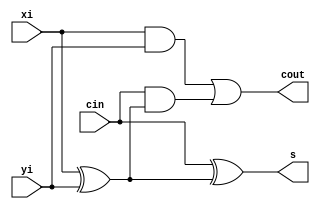
module fadder(xi, yi, cin, s, cout);
input xi, yi, cin;
output s, cout;
wire m1,m2,m3;
xor(m1,xi,yi);
xor(s,cin,m1);
and(m2,cin,m1);
and(m3,xi,yi);
or(cout,m3,m2);
endmodule

module add8b(a2, b2, ci2, s2, cout2);  // bo cong 8 bit
input[7:0] a2,b2;
input ci2; 
output[7:0] s2;
output cout2;
wire[6:0] w;
fadder fadder1(a2[0], b2[0], ci2, s2[0],w[0]);
fadder fadder2(a2[1], b2[1], w[0], s2[1],w[1]);
fadder fadder3(a2[2], b2[2], w[1], s2[2],w[2]);
fadder fadder4(a2[3], b2[3], w[2], s2[3],w[3]);
fadder fadder5(a2[4], b2[4], w[3], s2[4],w[4]);
fadder fadder6(a2[5], b2[5], w[4], s2[5],w[5]);
fadder fadder7(a2[6], b2[6], w[5], s2[6],w[6]);
fadder fadder8(a2[7], b2[7], w[6], s2[7],cout2);
endmodule

module add5b(a2, b2, ci2, s2, cout2);  // bo cong 8 bit
input[4:0] a2,b2;
input ci2; 
output[4:0] s2;
output cout2;
wire[3:0] w;
fadder fadder1(a2[0], b2[0], ci2, s2[0],w[0]);
fadder fadder2(a2[1], b2[1], w[0], s2[1],w[1]);
fadder fadder3(a2[2], b2[2], w[1], s2[2],w[2]);
fadder fadder4(a2[3], b2[3], w[2], s2[3],w[3]);
fadder fadder5(a2[4], b2[4], w[3], s2[4],cout2);
endmodule

module Rounding(X,exp,Y,expo);
input[22:0] X;
input[7:0] exp;
output[7:0] expo;
output[22:0] Y;
wire Cout, Cout1;
wire[23:0] t;
assign Y[17:0] = 18'b0;
add5b cong5b({1'b0,X[22:19]},5'b0,X[18],t[23:19],Cout);
add8b cong8b(exp,8'b0,t[23],expo,Cout1);
assign Y[22:19] = t[22:19];
assign Y[18]=1'b0;
endmodule